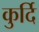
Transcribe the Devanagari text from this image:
कुर्दि